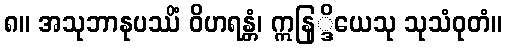
၈။ အသုဘာနုပဿိံ ဝိဟရန္တံ၊ ဣနြ္ဒိယေသု သုသံဝုတံ။